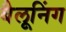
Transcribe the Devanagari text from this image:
बैलूनिंग